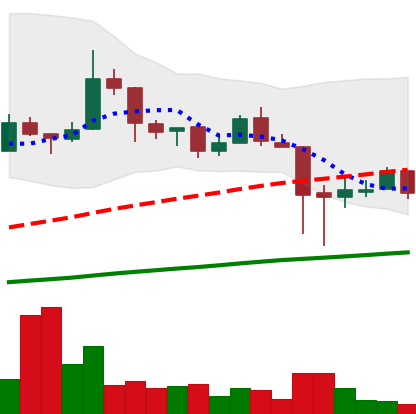
Ticker: LTC-USD
Chart end date: 2018-01-21
Forward return: -7.188%
Label: down_7plus